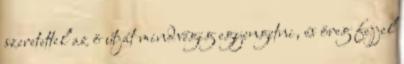
szeretettel az ö útját mindvégig egyengetni, és öreg fejjel